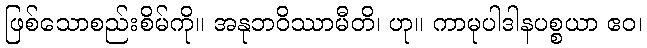
ဖြစ်သောစည်းစိမ်ကို။ အနုဘဝိဿာမီတိ၊ ဟု။ ကာမုပါဒါနပစ္စယာ ဧဝ၊